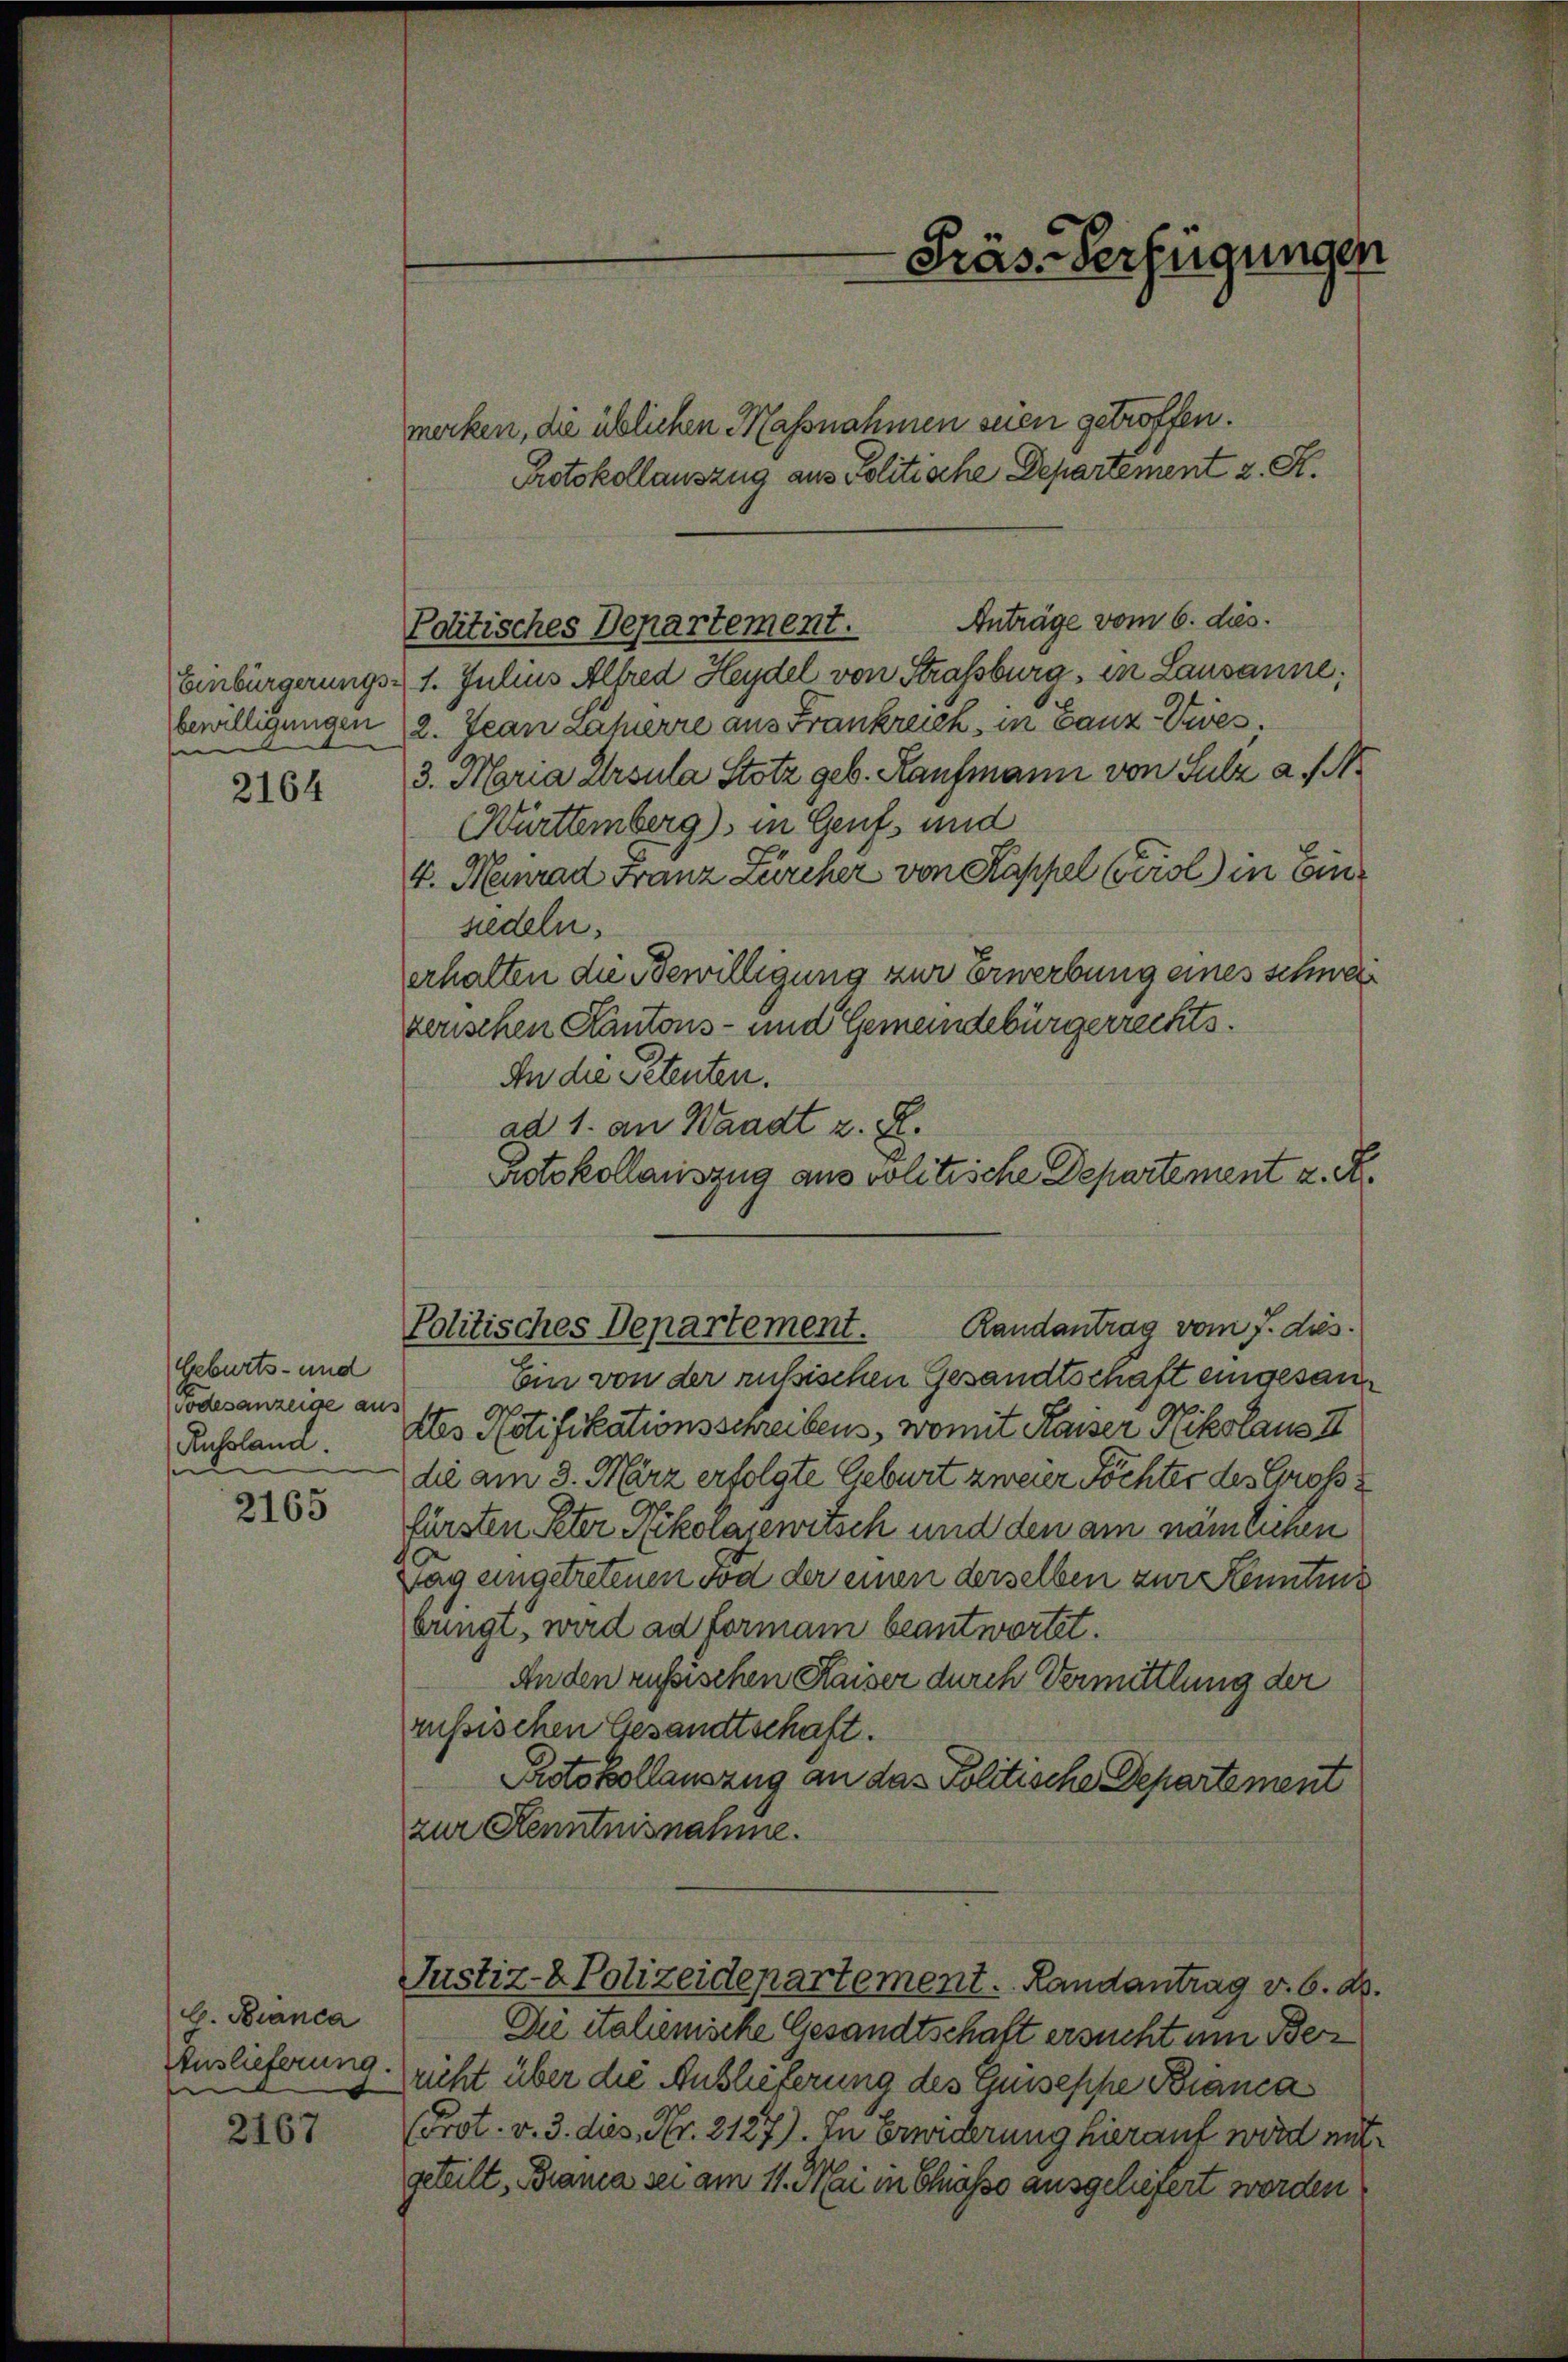
bewilligungen
n

2164

Geburts- und
Todesanzeige aus

2165

b. Bianca
Auslieferung.

2167

Anträge vom 6. ds.
Einbürgerungs- 1. Julius Alfred Heydel von Strassburg, in Lausanne;
2. Jean Läherre aus Frankreich, in Ganz Dies
3. Maria Ursula Stotz geb. Kaufmann von Sulz a M.
Württemberg), in Genf und
4. Meinrad Franz Zürcher von Kappel Gerol) in Einzedeln.
erhalten die Bewilligung zur Erwerbung eines schwerzerischen Kantons- und Gemeindebürgerrechts.
In die Petenten.
ad 1. an Waadt z. R.
Protokollauszug aus volitische Departement z. A.
Ein von der russischen Gesandtschaft eingesan
Russland. Das Notifikationsschreibens, womit Kaiser Nikolaus II
die am 3. März erfolgte Geburt zweier Töchter des Grosse
fürsten Peter Nikolajewitsch und den am nämlichen
Tag eingetretenen Tod der einen derselben zur Kenntnis
bringt, wird ad formani beantwortet.
Anden russischen Kaiser durch Vermittlung der
russischen Gesandtschaft.
Protokollauszug an das Politische Departement
zur Kenntnisnahme.
Justiz- & Polizeidepartement. Randantrag v. 6. d.
Die italienische Gesandtschaft ersucht um Bez
richt über die Auslieferung des Güseppe Bianca
(Prot. v. 3. dies, Nr. 2127). In Erwiderung hierauf wird mit
geteilt, Branca sei am 11. Mai in Chiasso ausgeliefert worden

Politisches Departement.

merken, die üblichen Massnahmen seien getroffen.
Protokollauszug aus Politische Departement 2. K.

Randantrag vom 7. dies
Politisches Departement.

Präs-Verfügungen